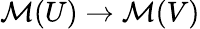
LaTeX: {\mathcal{M}}(U)\to{\mathcal{M}}(V)